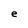
Character: e